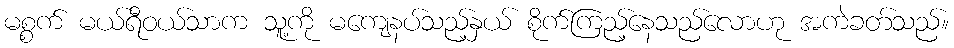
မစ္စက် မယ်ရီဝယ်သာက သူ့ကို မကျေနပ်သည့်နှယ် စိုက်ကြည့်နေသည်လောဟု အကဲခတ်သည်။